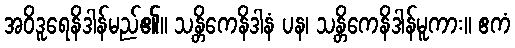
အဝိဒူရေနိဒါန်မည်၏။ သန္တိကေနိဒါနံ ပန၊ သန္တိကေနိဒါန်မူကား။ ဧကံ